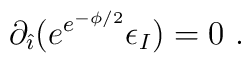
\partial_{\hat{\imath}} (e^{e^{-\phi/2}}\epsilon_{I})=0\  .